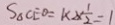
S _ { \Delta } C E O = 1 \times 2 \times \frac { 1 } { 2 } = 1